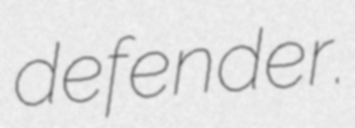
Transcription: defender.